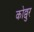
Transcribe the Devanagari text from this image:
कोव्वुर